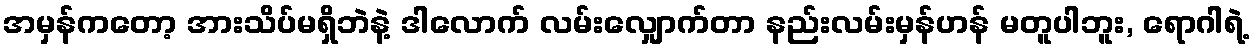
အမှန်ကတော့ အားသိပ်မရှိဘဲနဲ့ ဒါလောက် လမ်းလျှောက်တာ နည်းလမ်းမှန်ဟန် မတူပါဘူး, ရောဂါရဲ့